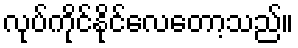
လုပ်ကိုင်နိုင်လေတော့သည်။